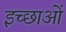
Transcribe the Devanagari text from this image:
इच्छाआें